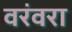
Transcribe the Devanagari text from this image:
वरंवरा